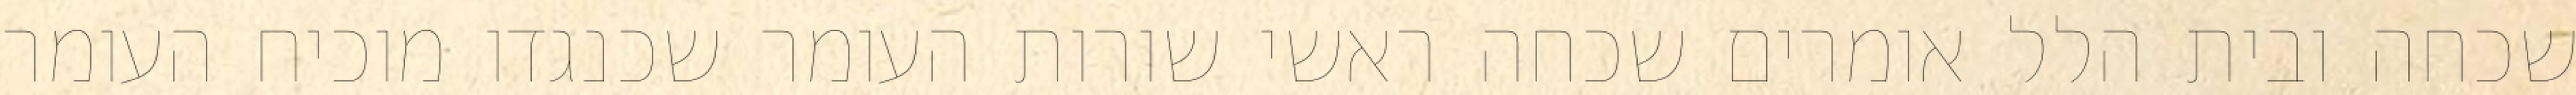
שכחה ובית הלל אומרים שכחה ראשי שורות העומר שכנגדו מוכיח העומר